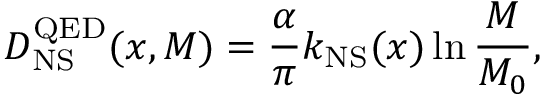
D _ { \mathrm { N S } } ^ { \mathrm { Q E D } } ( x , M ) = \frac { \alpha } { \pi } k _ { \mathrm { N S } } ( x ) \ln \frac { M } { M _ { 0 } } ,